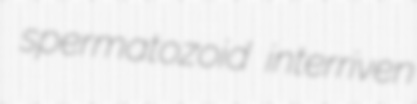
spermatozoid interriven